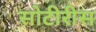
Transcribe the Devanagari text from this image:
सोटीरीस